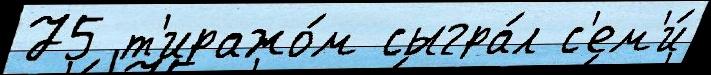
75 т'иражо́м сыгра́л с'ем'и́